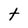
Character: t